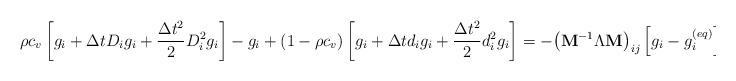
LaTeX: \begin{align*}\rho c_v\left[g_i+ \Delta t D_ig_i+\frac{\Delta t^2}{2}D_i^2g_i \right] -g_i +(1-\rho c_v)\left[g_i+\Delta td_i g_i +\frac{\Delta t^2}{2}d_i^2g_i \right]=- {\left( {{{\bf{M}}^{ - 1}}\Lambda {\bf{M}}} \right)_{ij}} \left[{g_i - g_i^{(eq)}} \right] +\Delta t {\bar F_i}+\vartheta \Delta t {S_i},\end{align*}